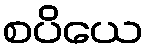
စပိယေ